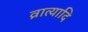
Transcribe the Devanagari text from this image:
व्रात्यादि